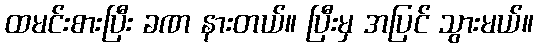
ထမင်းစားပြီး ခဏ နားတယ်။ ပြီးမှ အပြင် သွားမယ်။